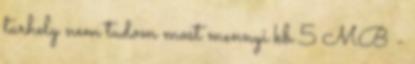
tarhely nem tudom most mennyi kb 5 MB -